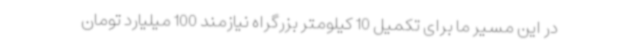
در این مسیر ما برای تکمیل 10 کیلومتر بزرگراه نیازمند 100 میلیارد تومان